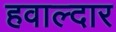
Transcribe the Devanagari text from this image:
हवाल्दार